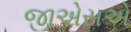
જીએસએ